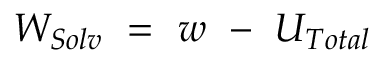
W _ { S o l v } ~ = ~ w ~ - ~ U _ { T o t a l }